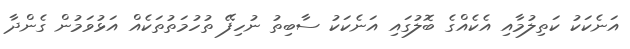
އަނެކަކު ކަތިލުމާއި އެކެއްގެ ބޮލުގައި އަނެކަކު ސާބިތު ނުހިފޭ ތުހުމަތުތަކެއް އަޅުވަމުން ގެންދާ